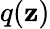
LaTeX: q(\mathbf{z})